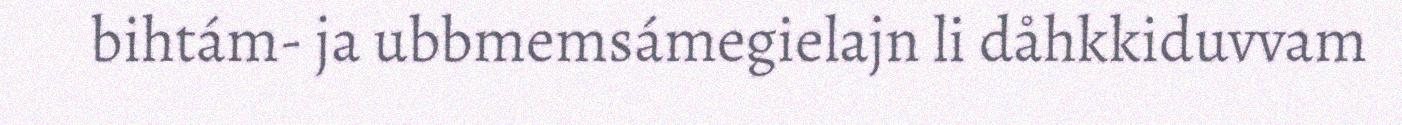
bihtám- ja ubbmemsámegielajn li dåhkkiduvvam